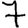
Digit: 7